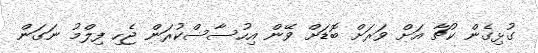
ގުޅިގެން ކުޗާ އަށް ވަރަށް ބޮޑަށް ވޭން އިހުސާސްކުރަން ޖެހި ފިލްމު ނަގަން